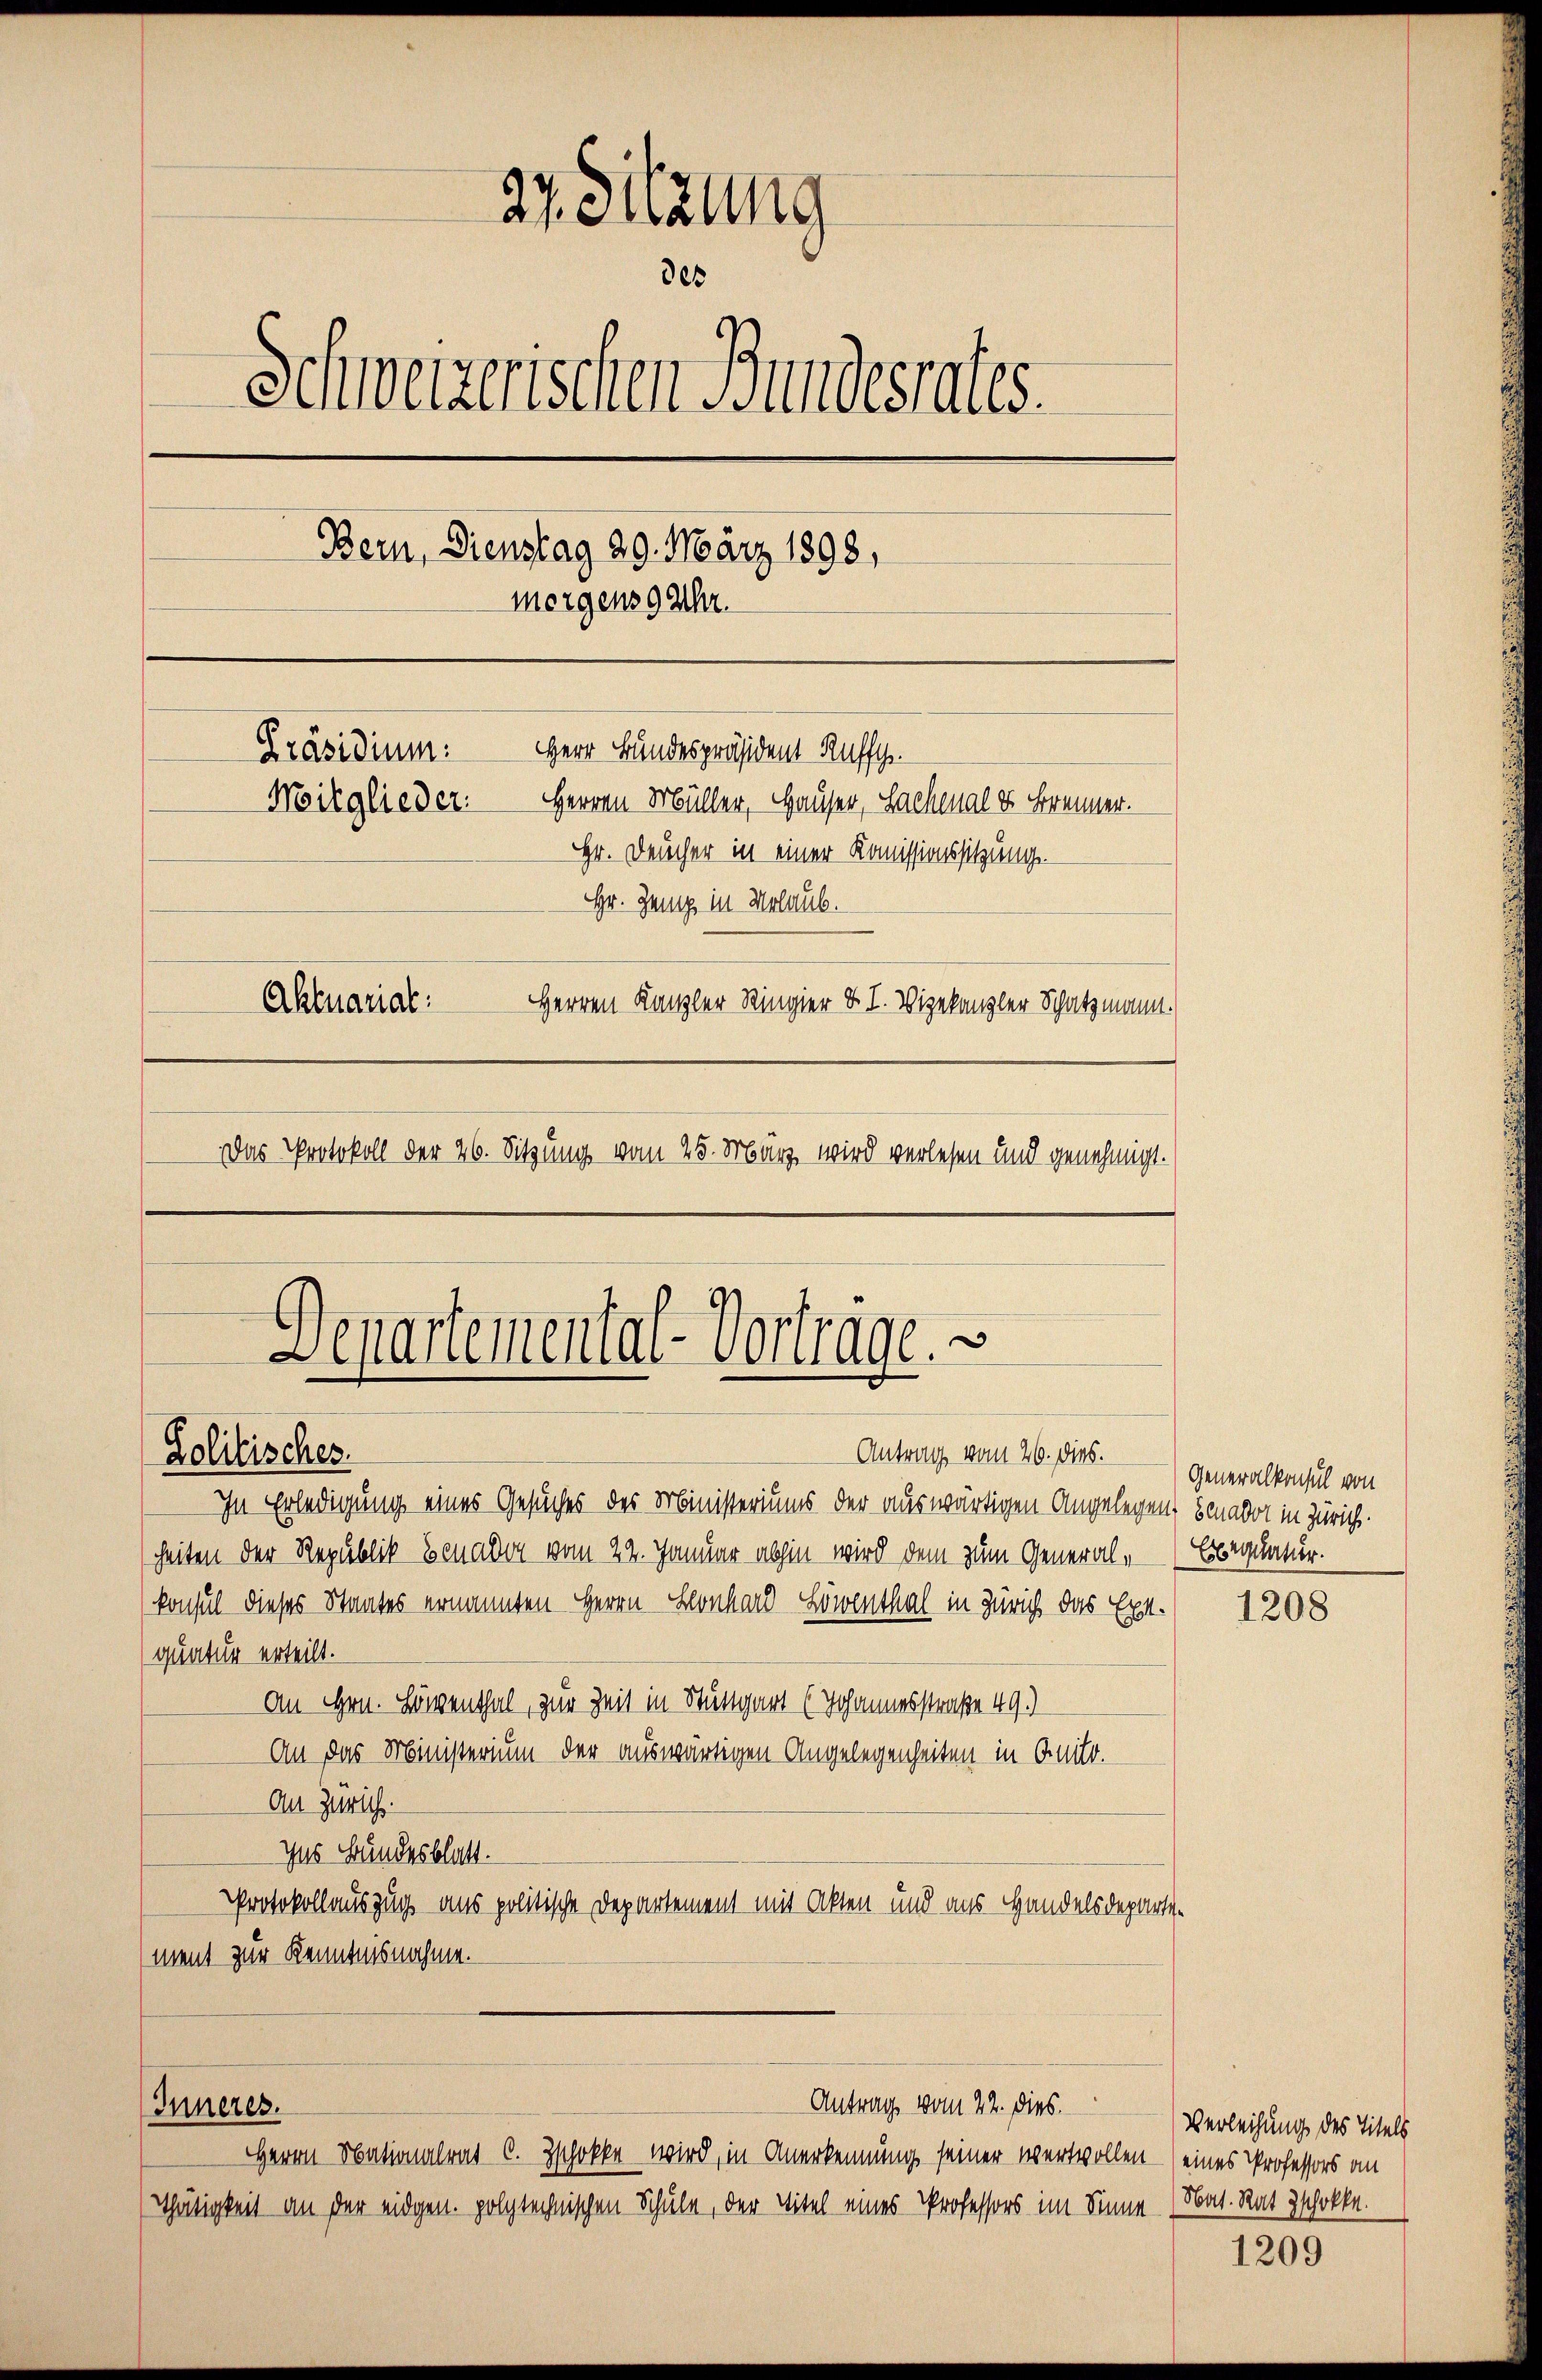
In Erledigung eines Gesuches des Ministeriums der auswärtigen Angelegen, benabot in Zürich.
heiten der Republik Benader vom 22. Januar abhin wird dem zum General¬
(konsul dieses Staates ernannten Herrn Leonhard Löwenthal in Zürich das Exequatur erteilt.
An Hrn. Löwenthal, zur Zeit in Stuttgart (Johannesstraße 49.)
An das Ministerium der auswärtigen Angelegenheiten in Anito.
An Zürich.
Ins Bundesblatt.
Protokollauszug aus politische Departement mit Akten und aus Handelsdepartement zur Kenntnisnahme.

27. Sitzung
des
Schweizerischen Bundesrates.
Bern, Dienstag 29. März 1898,
mergens 9 Uhr.
Präsidium: Herr Bundespräsident Ruffg
Moitglieder: Herren Müller, Hauser, Sachenal es Brenner.
Hr. Feucher in einer Komissionssitzung.
Hr. Zeit in Urlaub.
Aktuarial:
Herren Kanzler Ringier II. Vizekanzler Schatzmann.
Das Protokoll der 26. Sitzung vom 25. März wird verlesen und genehmigt.

3
Departemental-Vorträge.
Antrag vom 26. dies.
Zolitisches.

Inneres.

HHerrn Nationalrat C. Zschokke wird, in Anerkennung seiner wertvollen – (eines Professors an
Thätigkeit an der eidgen. polytechnischen Schule, der Titel eines Professors im Sinne

Antrag vom 22. dies.

Generalkonsul von
Esbeglasur.

1208

Verleihung des Titels
Nat. Rat Zschokke.

1209